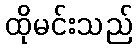
ထိုမင်းသည်